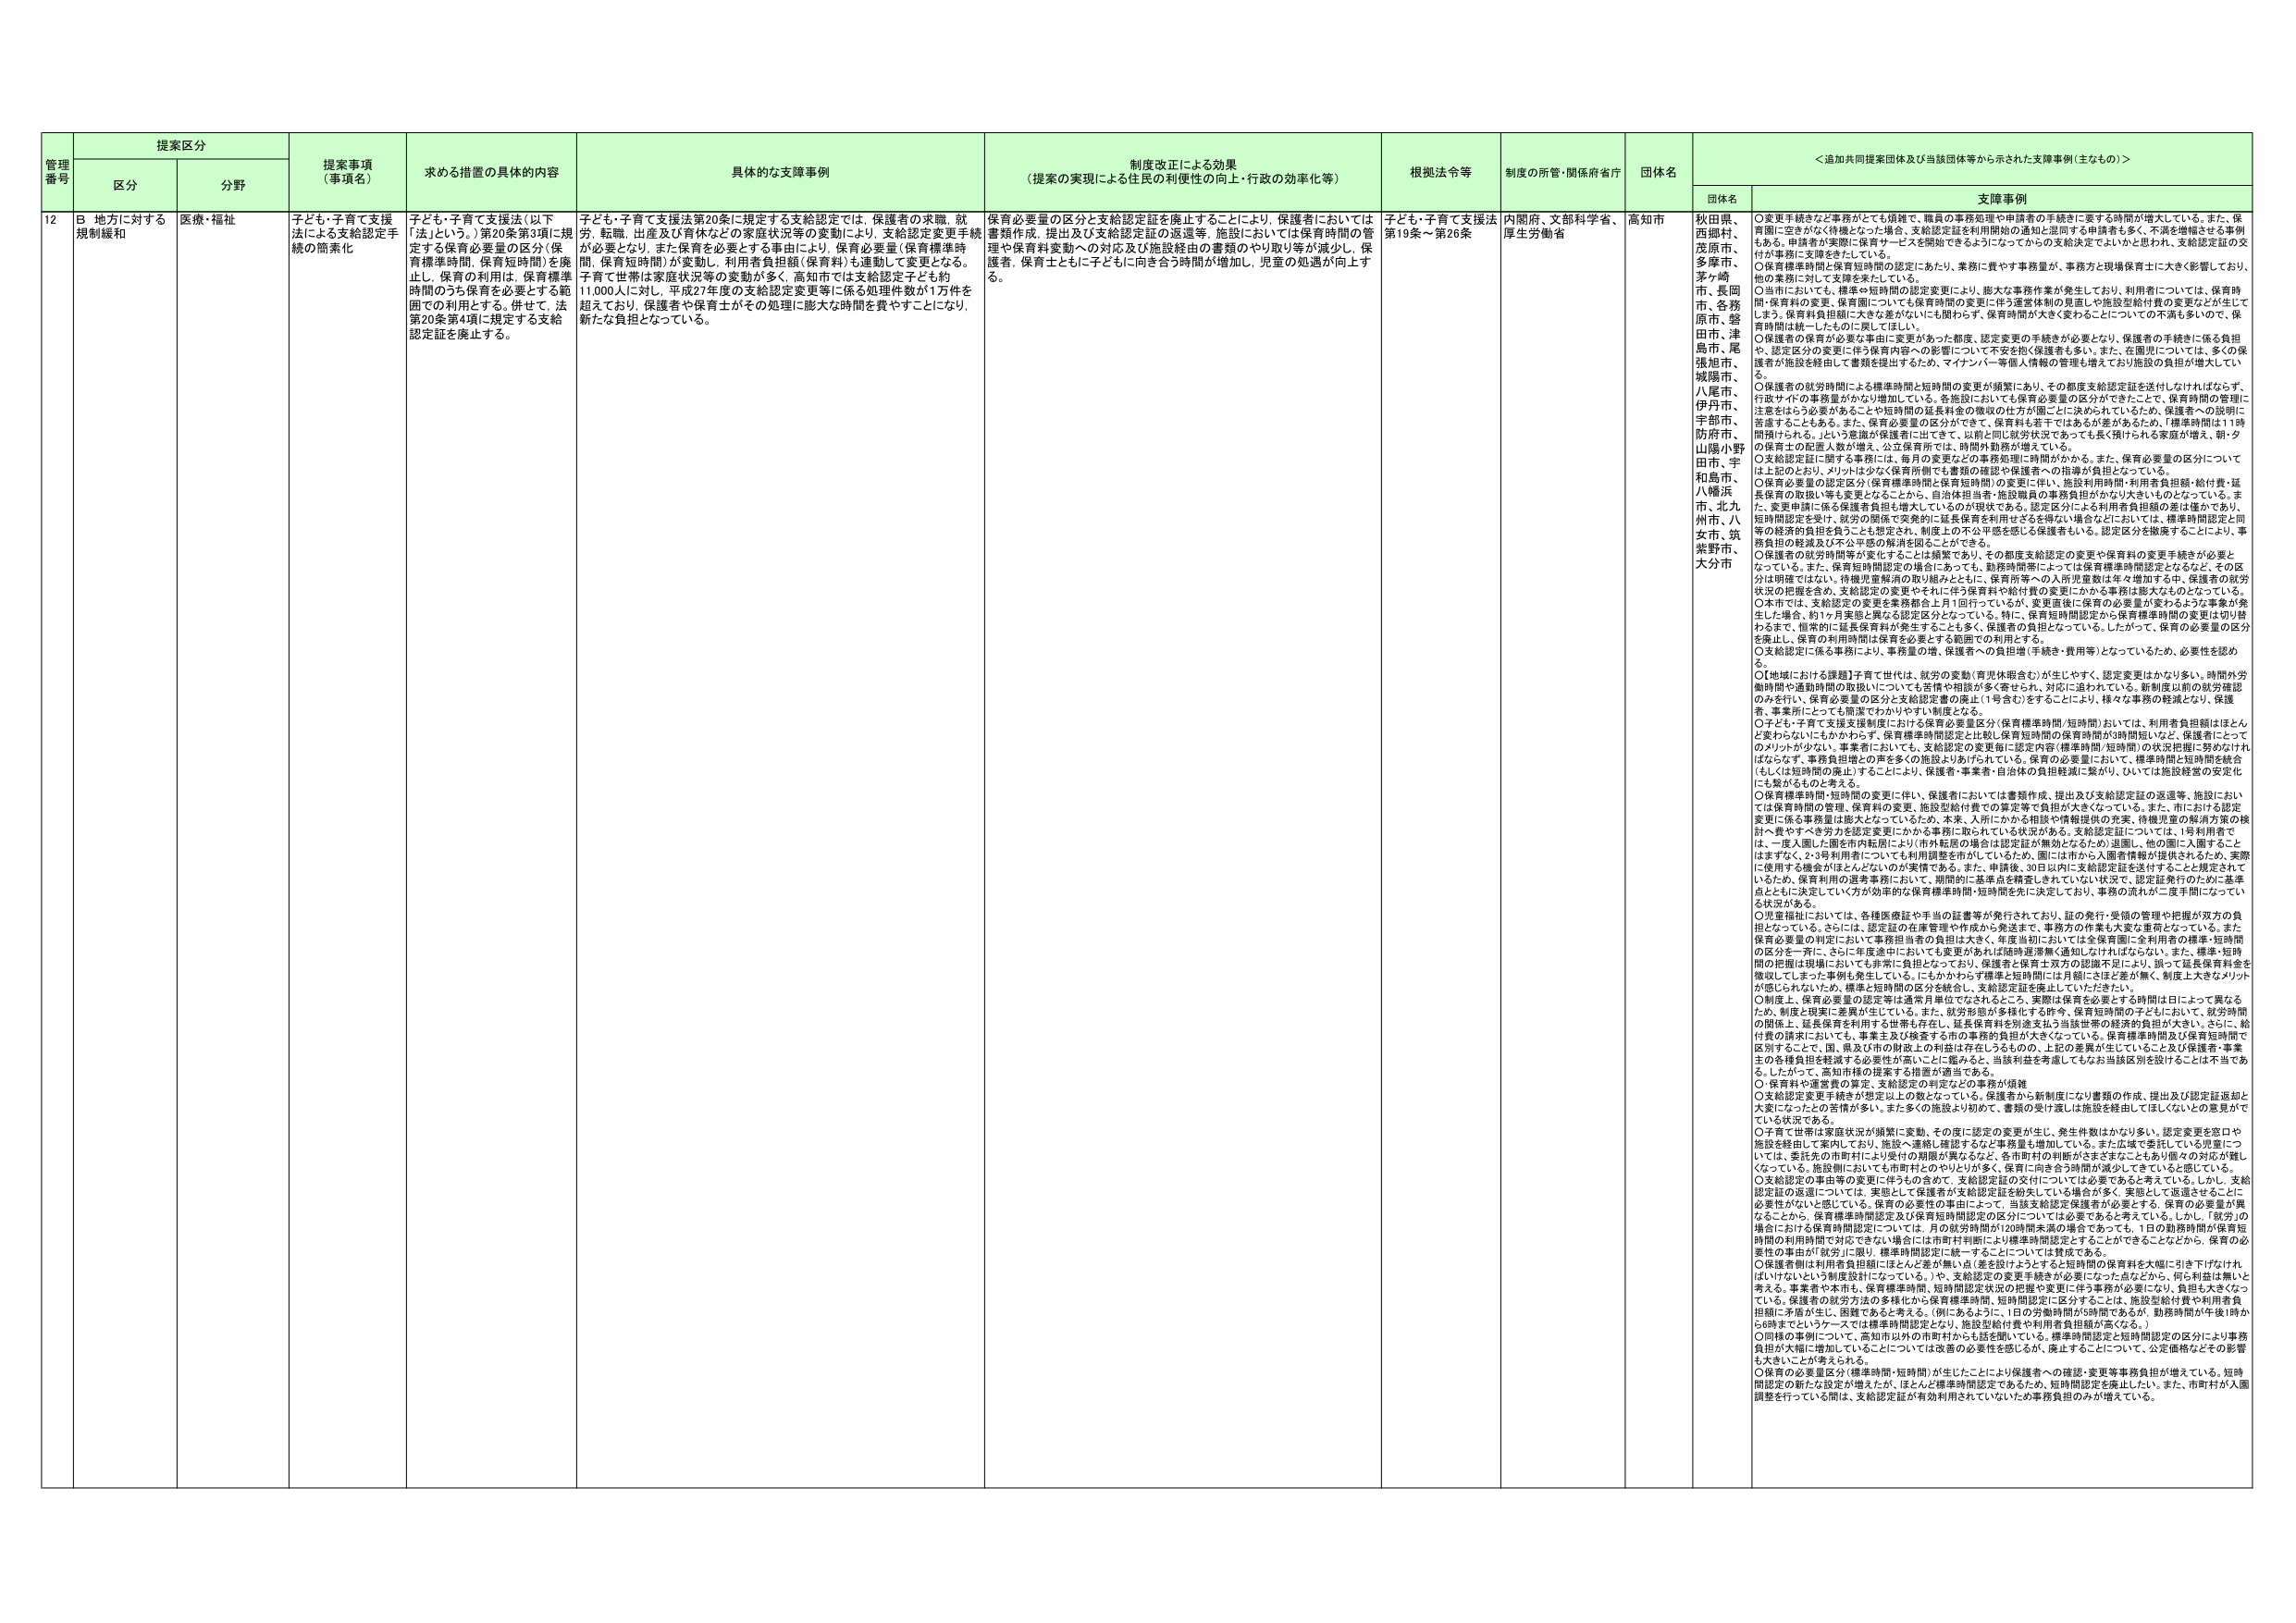
管理番号 提案区分 提案事項（事項名） 求める措置の具体的内容 具体的な支障事例 制度改正による効果（提案の実現による住民の利便性の向上・行政の効率化等） 根拠法令等 制度の所管・関係府省庁 団体名 ＜追加共同提案団体及び当該団体等から示された支援事例（主なもの）＞

区分 分野 団体名 支障事例

12 B 地方に対する規制緩和 医療・福祉 子ども・子育て支援法による支給認定手続の簡素化 子ども・子育て支援法（以下「法」という。）第20条第3項に規定する保育必要量の区分（保育標準時間、保育短時間）を廃止し、保育の利用は、保育標準時間のうち保育を必要とする範囲での利用とする。併せて、法第20条第4項に規定する支給認定証を廃止する。 子ども・子育て支援法第20条に規定する支給認定では、保護者の求職、就労、転職、出産及び育休などの家庭状況等の変動により、支給認定変更手続きが必要となり、また保育を必要とする事由により、保育必要量（保育標準時間、保育短時間）が変動し、利用者負担額（保育料）も連動して変更となる。子育て世帯は家庭状況等の変動が多く、高知市では支給認定子ども約11,000人にに対し、平成27年度の支給認定変更等に係る処理件数が1万件を超えており、保護者や保育士がその処理に膨大な時間を費やすことになり、新たな負担となっている。 保育必要量の区分と支給認定証を廃止することにより、保護者においては書類作成、提出及び支給認定証の返還等、施設においては保育時間の管理や保育料変動への対応及び施設経由の書類のやり取り等が減少し、保護者、保育士ともに子どもに向き合う時間が増加し、児童の処遇が向上する。 子ども・子育て支援法第19条～第26条 内閣府、文部科学省、厚生労働省 高知市 秋田県、西郷村、茂原市、多摩市、茅ヶ崎市、長岡市、各務原市、磐田市、津島市、尾張旭市、城陽市、八尾市、伊丹市、宇部市、防府市、山陽小野田市、宇和島市、八幡浜市、北九州市、八女市、筑紫野市、大分市 ○変更手続きなど事務がとても煩雑で、職員の事務処理や申請者の手続きに要する時間が増大している。また、保育園に空きがなく待機となった場合、支給認定証を利用開始の通知と混同する申請者も多く、不満を増幅させる事例もある。申請者が実際に保育サービスを開始できるようになってからの支給決定でよいかと思われ、支給認定証の交付が事務に支障をきたしている。 ○保育標準時間と保育短時間の認定にあたり、業務に費やす事務量が、事務方と現場保育士に大きく影響しており、他の業務に対し、時間はかかっている。 ○当市においても、標準や短時間の認定変更により、膨大な事務作業が発生しており、利用者については、保育時間・保育料の変更、保育園についても保育時間の変更に伴う運営体制の見直しや施設型給付費の変更などが生じてしまう。保育料負担額に大きな差がないにも関わらず、保育時間が大きく変わることについての不満も多いので、保育時間は統一したものに変してほしい。 ○保護者の保育が必要な事由に変更があった都度、認定変更の手続きが必要となり、保護者の手続きに係る負担や、認定区分の変更に伴う保育内容への影響について不安を抱く保護者も多い。また、在園児については、多くの保護者が施設を経由して書類を提出するため、マナナンバー等個人情報の管理も増えており施設の負担が増大している。 ○保護者の就労時間による標準時間と短時間の変更が頻繁にあり、その都度支給認定証を送付しなければならず、行政サイドの事務量がかなり増加している。各施設においても保育必要量の区分ができたことで、保育時間の管理に注意をはらう必要があることや短時間の延長料金の徴収の仕方が園ごとに決められているため、保護者への説明に苦慮することもある。また、保育必要量の区分ができて、保育料も若干ではあるが差があるため、「標準時間は11時間預けられる。」という意識が保護者に出てきて、以前と同じ就労状況であっても長く預けられる家庭が増え、朝・夕の保育士の配置人数が増え、公立保育所では、時間外勤務が増えてくる。 ○支給認定証に関する事務には、毎月の変更などの事務処理に時間がかかる。また、保育必要量の区分については上記のとおり、メリットは少なく保育所側でも書類の確認や保護者への指導が負担となっている。 ○保育必要量の認定区分（保育標準時間と保育短時間）の変更に伴い、施設利用時間・利用者負担額・給付費・延長保育の取扱い等も変更となることから、自治体担当者・施設職員の事務負担がかなり大きいものとなっている。また、変更申請に係る保護者負担も増大しているのが現状である。認定区分による利用者負担額の差は僅かであり、短時間認定を受け、就労の関係で突発的に延長保育を利用せざるを得ない場合などにおいては、標準時間認定と同等の経済的負担を負うことを想定され、制度上の不公平感を感じる保護者もいる。認定区分を撤廃することにより、事務負担の軽減及び不公平感の解消を図ることができる。 ○保護者の就労時間等が変化することは頻繁であり、その都度支給認定の変更や保育料の変更手続きが必要となっている。また、保育短時間認定の場合にあっても、勤務時間等によっては保育標準時間認定となるなど、その区分が明確ではない。待機児童解消の取り組みとともに、保育所等への入所児童数は年々増加する中、保護者の就労状況の把握を含め、支給認定の変更やそれに伴う保育料や給付費の変更にかかる事務は膨大なものとなっている。 ○本市では、支給認定の変更を事務窓口上月1回行っているが、変更直後に保育の必要量が変わらうような事案が発生した場合、約1ヶ月実態と異なる認定区分となっている。特に、保育短時間認定から保育標準時間の変更は切り替わるまで、恒常的に延長保育料が発生することも多く、保護者の負担となっている。したがって、保育の必要量の区分を廃止し、保育の利用時間は保育を必要とする範囲での利用とする。 ○支給認定に係る事務により、事務量の増、保護者への負担増（手続き・費用等）となっているため、必要性を認める。 ○[地域における課題]子育て世代は、就労の変動（育児休暇含む）が生じやすく、認定変更はかなり多い。時間外労働時間や通勤時間の取扱いについても苦情や相談が多く寄せられ、対応に追われている。新制度以前の就労確認のみを行い、保育必要量の区分と支給認定書の廃止（1号含む）をすることにより、様々な事務の軽減となり、保護者、事業所にとっても簡潔でわかりやすい制度となる。 ○子ども・子育て支援支援制度における保育必要量区分（保育標準時間/短時間）において、利用者負担額はほとんど変わらないにもかかわらず、保育標準時間認定と比較し保育短時間の保育時間が時間短いこと、保護者にとってのメリットが少ない。事業者においても、支給認定の変更毎に認定内容（標準時間/短時間）の状況把握に努めなければならず、事務負担増との声を多くの施設よりあげられている。保育の必要量において、標準時間と短時間を統合（もしくは短時間の廃止）することにより、保護者・事業者・自治体の負担軽減に繋がり、ひいては施設経営の安定化にも繋がるものと考える。 ○保育標準時間・短時間の変更に伴い、保護者においては書類作成、提出及び支給認定証の返還等、施設においては保育時間の管理、保育料の変更、施設型給付費での算定等で負担が大きくなっている。また、市における認定変更に係る事務量は膨大となっているため、本来、入所にかかる相談や情報提供の充実、待機児童の解消方策の検討へ費やすべき労力を認定変更にかかる事務に取られている状況がある。支給認定証については、1号利用者で、は、一度入園した園を市内転園により（市外転園の場合は認定証が無効となるため）退園し、他の園に入園することにはまずなく、2-3号利用者についても利用園数を加計しているため、園に市から入園情報が提供されるため、実際に使用する機会がほとんどないのが実情である。また、申請後、30日以内に支給認定証を送付することと規定されてい るため、保育利用の選考事務において、期間的に基準点を精査しやすい状況で、認定証発行のために基準点とともに決定していく方が効率的な保育標準時間・短時間を先に決定しており、事務の流れが二度手間になってい る状況がある。 ○変更福祉においては、各種医療証や年当の証書等が発行されており、証の発行・受領の管理や把握が双方の負担となっている。さらには、認定証の在庫管理や作成から発送まで、事務方の作業も大変な負担となっている。また、保育必要量の判定において事務担当者の負担は大きく、年度当初においては全保育園に全利用者の標準・短時間の区分を一斉に、さらに年度途中においても変更があれば随時連携無く通知しなければならない。また、標準・短時間の把握は現場においても非常に負担となっており、保護者と保育士双方の認識不足により、誤って延長保育料金を徴収してしまう事例も発生している。にもかかわらず標準と短時間には月額に差は全く無く、制度上大きなメリットが感じられないため、標準と短時間の区分を統合し、支給認定証を廃止していただきたい。 ○制度上、保育必要量の認定等は通常月単位でなされるところ、実際は保育を必要とする時間は日によって異なるため、制度と現実に差異が生じている。また、就労形態が多様化する昨今、保育短時間の子どもにおいて、就労時間の関係上、延長保育を利用する世帯も存在し、延長保育料を別途支払う当該世帯の経済的負担が大きい。さらに、給付費の請求においても、事業主及び検査する市の事務的負担が大きくなっている。保育標準時間及び保育短時間で区分することで、園、県及び市の財政上の利益は存在しうるものの、上記の差異が生じていること及び保護者・事業主の各種負担を軽減する必要性が常に上に優みる上、当該利益を考慮してもなお当該区別を設けることは不当である。したがって、高知市様の提案する措置が適当である。 ○、保育料や運営費の算定、支給認定の判定などの事務が煩雑 ○支給認定変更手続きが想定以上の数となっている。保護者から新制度になり書類の作成、提出及び認定証返却と大変になったとの苦情が多い。また多くの施設より初めて、書類の受け渡しは施設を経由してほしいとの意見がでている状況である。 ○子育て世帯は家庭状況が頻繁に変動、その度に認定の変更が生じ、発生件数はかなり多い。認定変更を窓口や施設を経由して案内しており、施設へ連絡し確認するなど事務量も増加している。また広域で委託している児童については、委託先の市町村により受付の期限が異なるなど、各市町村の判断がさまざまなこともあり個々の対応が難しくなっている。施設側においても市町村とのやりとりが多く、保育に向き合う時間が減少してきていると感じている。 ○支給認定の事務等の変更を伴うものなので、支給認定証の交付については必要であると考えている。しかし、支給認定証の返還については、実態として保護者が支給認定証を紛失している場合が多く、実態として返還させることに必要性がないと感じている。保育の必要性の事由によって、当該支給認定保護者が必要とする、保育の必要量が異なることから、保育標準時間認定及び保育短時間認定の区分については必要であると考えている。しかし、「就労」の場合における保育時間認定については、月の就労時間が120時間未満の場合であっても、1日の勤務時間が保育短時間の利用時間で対応できない場合は市町村判断により標準時間認定とすることができるところだから、保育の必要性の事由が「就労」に限り、標準時間認定に統一することについては賛成である。 ○保護者側は利用者負担額にほとんど差が無い点（差を設けようとすると短時間の保育料を大幅に引き下げなければいけないという制度設計になっている。）や、支給認定の変更手続きが必要になった点などから、何ら利益は無いと考える。事業者や本市も、保育標準時間、短時間認定状況の把握や変更に伴う事務が必要になり、負担も大きくなっている。保護者の就労方法の多様化から保育標準時間、短時間認定に区分することは、施設型給付費や利用者負担額に矛盾が生じ、困難であると考える。（例にあるように、1日の労働時間が5時間であるが、勤務時間が午後1時から6時までというケースでは標準時間認定となり、施設型給付費や利用者負担額が高くなる。） ○同様の事例について、高知市以外の市町村からも話を感じている。標準時間認定と短時間認定の区分により事務負担が大幅に増加していることについては改善の必要性を感じるが、廃止することについて、公定価格などその影響も大きいことが考えられる。 ○保育の必要量区分（標準時間・短時間）が生じたことにより保護者への確認・変更等事務負担が増大している。短時間認定の新たな設定が増えたが、ほとんど標準時間認定であるため、短時間認定を廃止したい。また、市町村が入園調整を行っている間は、支給認定証が有効利用されていないため事務負担のみが増大している。